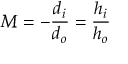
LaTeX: M = - { \frac { d _ { i } } { d _ { o } } } = { \frac { h _ { i } } { h _ { o } } }